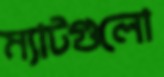
ম্যাটগুলো